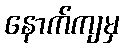
နောက်ကျမှ